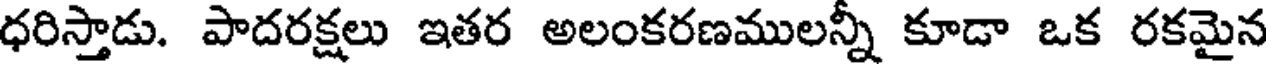
ధరిస్తాడు. పాదరక్షలు ఇతర అలంకరణములన్నీ కూడా ఒక రకమైన